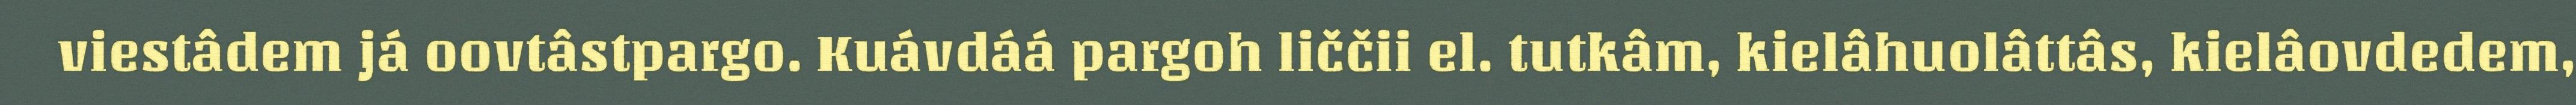
viestâdem já oovtâstpargo. Kuávdáá pargoh liččii el. tutkâm, kielâhuolâttâs, kielâovdedem,